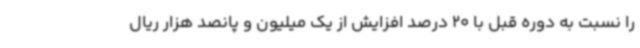
را نسبت به دوره قبل با 20 درصد افزایش از یک میلیون و پانصد هزار ریال